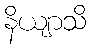
နိယျာသိ